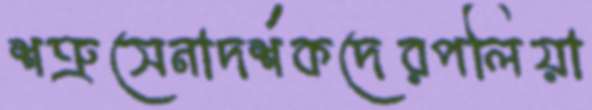
শত্রুসেনাদর্শকদেরপলিয়া